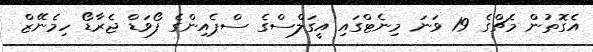
އެގޮތުން މެޗްގެ 19 ވަނަ މިނެޓްގައި އީގަލްސްގެ ސްޕެއިންގެ ފޯވަޑް ޖެރާޑޯ ހިމެނޭޒް